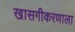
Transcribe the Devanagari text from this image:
खासगीकरणाला